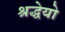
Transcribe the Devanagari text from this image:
श्रद्धेयो